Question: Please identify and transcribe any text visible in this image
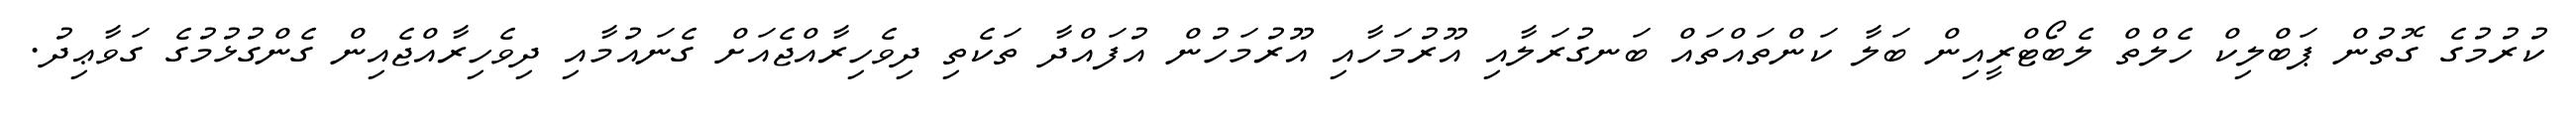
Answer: ކުރުމުގެ ގޮތުން ޕަބްލިކް ހެލްތް ލެބޯޓްރީއިން ބަލާ ކަންތައްތައް ބަނގުރަލާއި އޫރުމަހާއި އޫރުމަހުން އުފައްދާ ތަކެތި ދިވެހިރާއްޖެއަށް ގެނައުމާއި ދިވެހިރާއްޖެއިން ގެންގުޅުމުގެ ގަވާޢިދު.